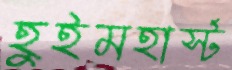
হুইমহার্স্ট